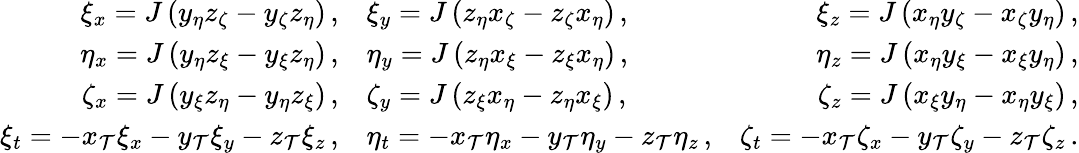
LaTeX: \begin{array}{rlr}{\xi_{x}=J\left(y_{\eta}z_{\zeta}-y_{\zeta}z_{\eta}\right)\, \mathrm{,}}&{\xi_{y}=J\left(z_{\eta}x_{\zeta}-z_{\zeta}x_{\eta}\right)\, \mathrm{,}}&{\xi_{z}=J\left(x_{\eta}y_{\zeta}-x_{\zeta}y_{\eta}\right)\, \mathrm{,}}\\ {\eta_{x}=J\left(y_{\eta}z_{\xi}-y_{\xi}z_{\eta}\right)\, \mathrm{,}}&{\eta_{y}=J\left(z_{\eta}x_{\xi}-z_{\xi}x_{\eta}\right)\, \mathrm{,}}&{\eta_{z}=J\left(x_{\eta}y_{\xi}-x_{\xi}y_{\eta}\right)\, \mathrm{,}}\\ {\zeta_{x}=J\left(y_{\xi}z_{\eta}-y_{\eta}z_{\xi}\right)\, \mathrm{,}}&{\zeta_{y}=J\left(z_{\xi}x_{\eta}-z_{\eta}x_{\xi}\right)\, \mathrm{,}}&{\zeta_{z}=J\left(x_{\xi}y_{\eta}-x_{\eta}y_{\xi}\right)\, \mathrm{,}}\\ {\xi_{t}=-x_{\mathcal{T}}\xi_{x}-y_{\mathcal{T}}\xi_{y}-z_{\mathcal{T}}\xi_{z}\, \mathrm{,}}&{\eta_{t}=-x_{\mathcal{T}}\eta_{x}-y_{\mathcal{T}}\eta_{y}-z_{\mathcal{T}}\eta_{z}\, \mathrm{,}}&{\zeta_{t}=-x_{\mathcal{T}}\zeta_{x}-y_{\mathcal{T}}\zeta_{y}-z_{\mathcal{T}}\zeta_{z}\, \mathrm{.}}\end{array}